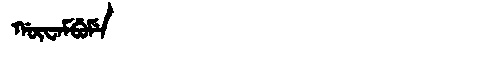
Manchu: ᡤᡡᠸᠠᠮᠪᡠᠮᡝ
Romanization: GŪWAMBUME